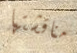
مناقشتها